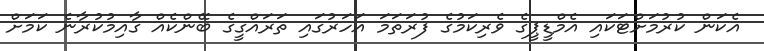
އެކަން ކުރުމަށްޓަކައި އެމްޑީޕީގެ ވެރިކަމުގެ ފުރަތަމަ އަހަރުގައި ތަރައްގީގެ ބޭންކެއް ގާއިމުކުރާނެ ކަމަށް